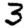
Digit: 3